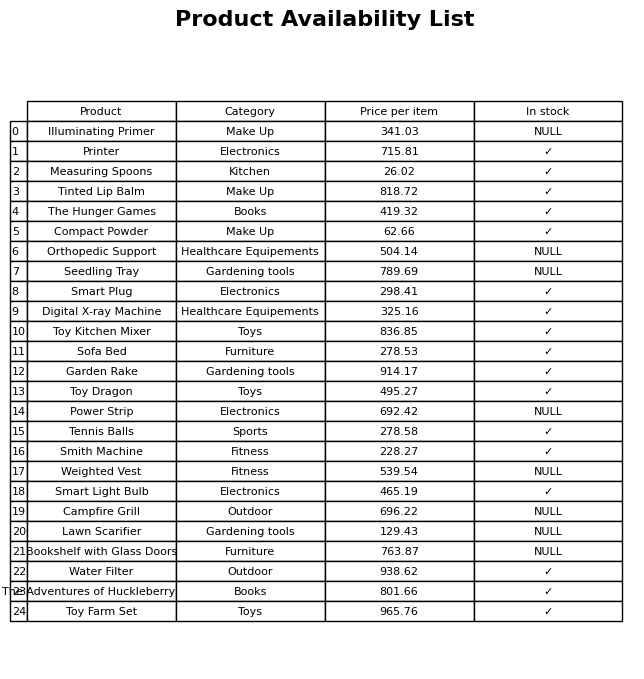
question: What is the price for Campfire Grill?
answer: The price of Campfire Grill is 696.22.